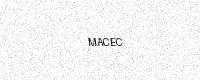
Text: MACEC